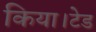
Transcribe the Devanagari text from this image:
किया।टेड